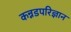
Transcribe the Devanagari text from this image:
कन्नडपरिज्ञान